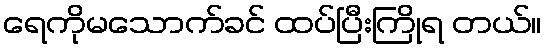
ရေကိုမသောက်ခင် ထပ်ပြီးကြိုရ တယ်။